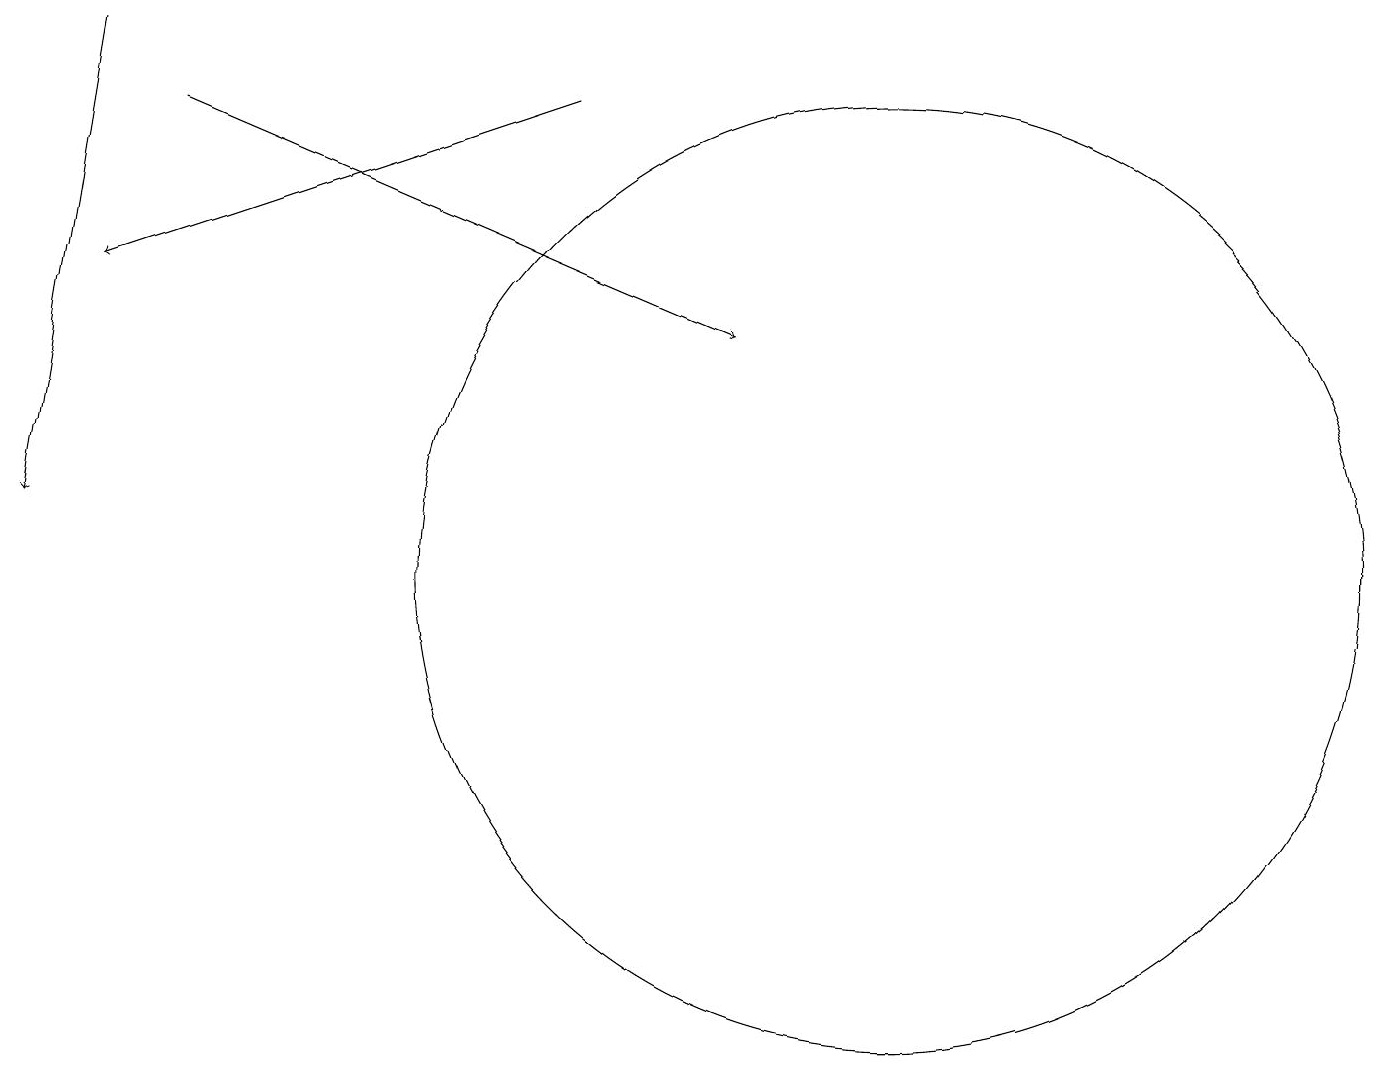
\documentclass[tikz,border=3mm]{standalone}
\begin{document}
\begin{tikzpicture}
\draw[->] (7,16) -- (1,14);
\draw (11,10) circle (6);
\draw[->] (1,17) -- (0,11);
\draw[->] (2,16) -- (9,13);
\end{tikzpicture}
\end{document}